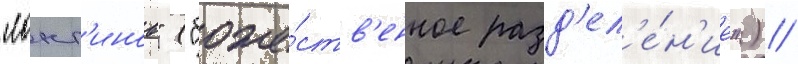
"лонг'инов" ("боже́ств'енное разд'ел'е́н'ие") //